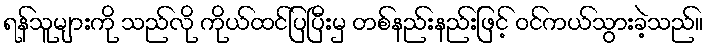
ရန်သူများကို သည်လို ကိုယ်ထင်ပြပြီးမှ တစ်နည်းနည်းဖြင့် ဝင်ကယ်သွားခဲ့သည်။